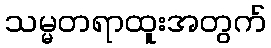
သမ္မတရာထူးအတွက်